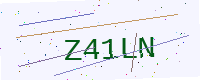
Text: Z41LN